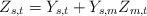
LaTeX: \begin{align*}Z_{s,t} = Y_{s,t} + Y_{s,m}Z_{m,t}\end{align*}